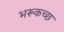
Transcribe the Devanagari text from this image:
भरूकच्छ